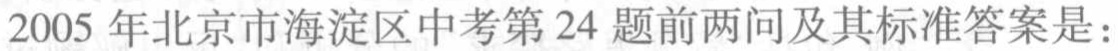
2005 年北京市海淀区中考第 24 题前两问及其标准答案是：